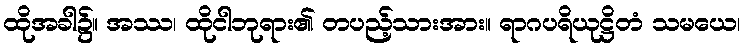
ထိုအခါ၌။ အဿ၊ ထိုငါဘုရား၏ တပည့်သားအား။ ရာဂပရိယုဋ္ဌိတံ သမယေ၊